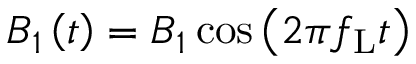
\boldsymbol { B } _ { 1 } \left( t \right) = B _ { 1 } \cos \left( 2 \pi f _ { \mathrm { L } } t \right)